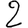
Digit: 2